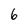
Character: 6